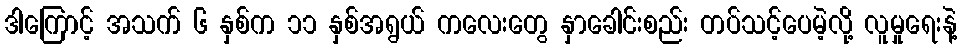
ဒါကြောင့် အသက် ၆ နှစ်က ၁၁ နှစ်အရွယ် ကလေးတွေ နှာခေါင်းစည်း တပ်သင့်ပေမဲ့လို့ လူမှုရေးနဲ့